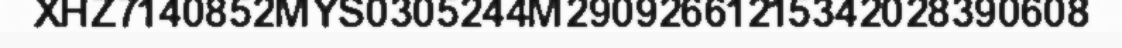
XHZ7140852MYS0305244M29092661215342028390608